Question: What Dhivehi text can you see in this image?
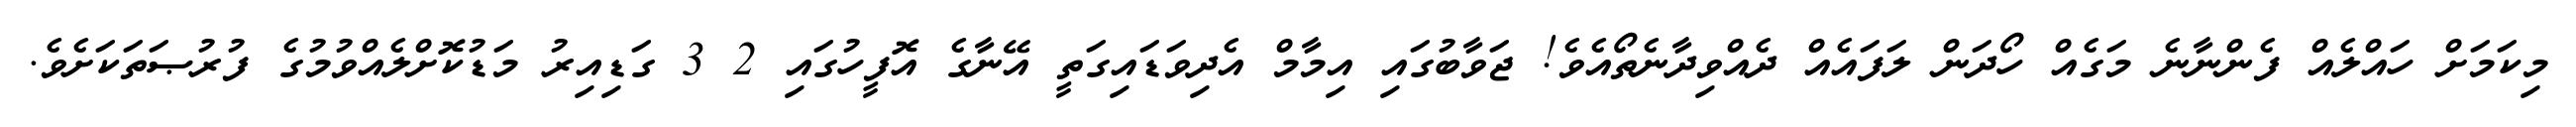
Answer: މިކަމަށް ހައްލެއް ފެންނާނެ މަގެއް ހޯދަން ލަފައެއް ދެއްވިދާނެތޯއެވެ! ޖަވާބުގައި އިމާމް އެދިވަޑައިގަތީ އޭނާގެ އޮފީހުގައި 2 3 ގަޑިއިރު މަޑުކޮށްލެއްވުމުގެ ފުރުޞަތަކަށެވެ.